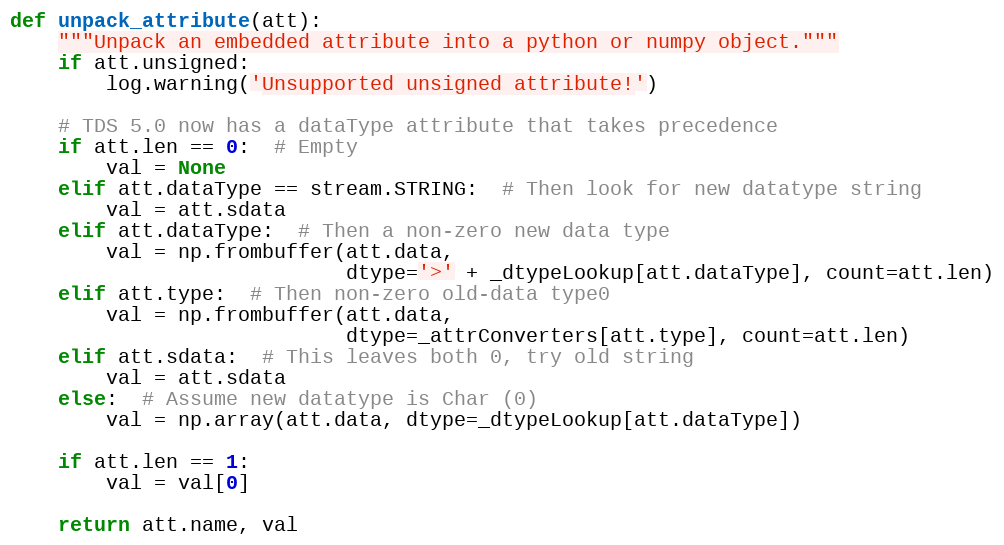
Language: Python
def unpack_attribute(att):
    """Unpack an embedded attribute into a python or numpy object."""
    if att.unsigned:
        log.warning('Unsupported unsigned attribute!')

    # TDS 5.0 now has a dataType attribute that takes precedence
    if att.len == 0:  # Empty
        val = None
    elif att.dataType == stream.STRING:  # Then look for new datatype string
        val = att.sdata
    elif att.dataType:  # Then a non-zero new data type
        val = np.frombuffer(att.data,
                            dtype='>' + _dtypeLookup[att.dataType], count=att.len)
    elif att.type:  # Then non-zero old-data type0
        val = np.frombuffer(att.data,
                            dtype=_attrConverters[att.type], count=att.len)
    elif att.sdata:  # This leaves both 0, try old string
        val = att.sdata
    else:  # Assume new datatype is Char (0)
        val = np.array(att.data, dtype=_dtypeLookup[att.dataType])

    if att.len == 1:
        val = val[0]

    return att.name, val